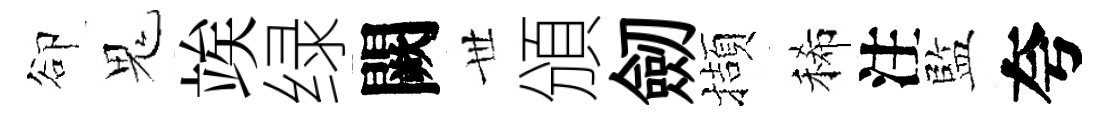
卻鬼竢绿闕𠀍頒劒擷稀注監夸